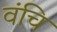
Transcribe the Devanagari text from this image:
वंचि